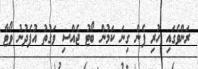
ރަންވެގައި ހުރި ފެން ގިނަ ކަމުން ބޯޓު ޖެއްސި ވަގުތު އުފެދުނު ވޯޓާ